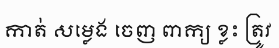
កាត់ សម្លេង ចេញ ពាក្យ ខ្លះ ត្រូវ